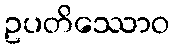
ဥပတိဿောဝ